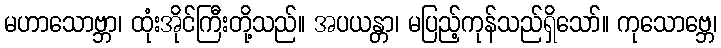
မဟာသောဗ္ဘာ၊ ထုံးအိုင်ကြီးတို့သည်။ အပယန္တာ၊ မပြည့်ကုန်သည်ရှိသော်။ ကုသောဗ္ဘေ၊